Indian journal of veterinary science and animal husbandry - Volumes 15-17, 1948-1951
Year: 1948
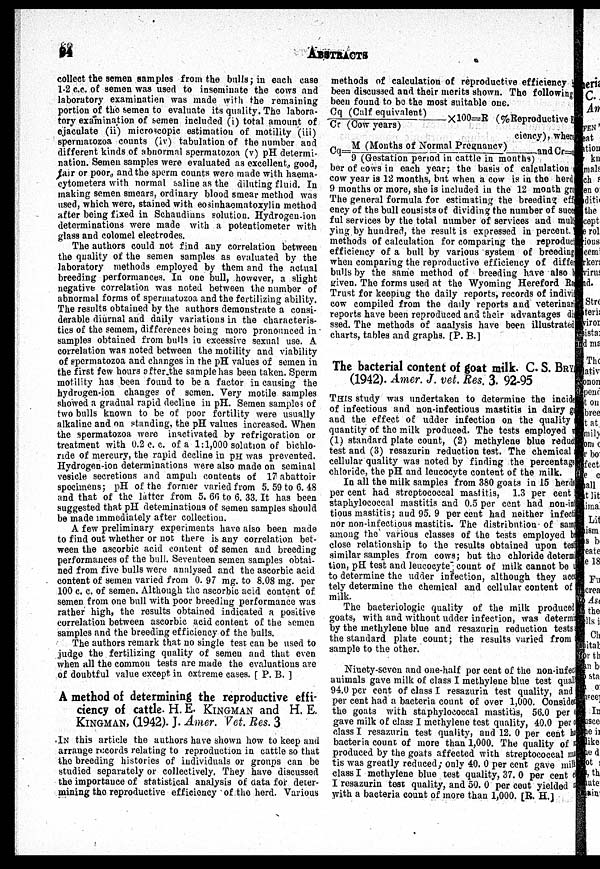
94 ABSTRACTS
collect the semen samples from the bulls; in each case
1-2 c.c. of semen was used to inseminate the cows and
laboratory examinatien was made with the remaining
portion of the semen to evaluate its quality. The labora-
tory examination of semen included (i) total amount of
ejaculate (ii) microscopic estimation of motility (iii)
spermatozoa counts (iv) tabulation of the number and
different kinds of abnormal spermatozoa (v) pH determi-
nation. Semen samples were evaluated as excellent, good,
fair or poor, and the sperm counts were made with haema-
cytometers with normal saline as the diluting fluid. In
making semen smears, ordinary blood smear method was
used, which were, stained with eosinhaematoxylin method
after being fixed in Schaudinns solution. Hydrogen-ion
determinations were made with a potentiometer with
glass and colomel electrodes.
The authors could not find any correlation between
the quality of the semen samples as evaluated by the
laboratory methods employed by them and the actual
breeding performances. In one bull, however, a slight
negative correlation was noted between the number of
abnormal forms of spermatozoa and the fertilizing ability.
The results obtained by the authors demonstrate a consi-
derable diurnal and daily variations in the characteris-
ties of the semem, differences being more pronounced in
samples obtained from bulls in excessive sexual use. A
correlation was noted between the motility and viability
of spermatozoa and changes in the pH values of semen in
the first few hours after the sample has been taken. Sperm
motility has been found to be a factor in causing the
hydrogen-ion changes of semen. Very motile samples
showed a gradual rapid decline in pH. Semen samples of
two bulls known to be of poor fertility were usually
alkaline and on standing, the pH values increased. When
the spermatozoa were inactivated by refrigeration or
treatment with 0.2 c. c. of a 1:1,000 solution of bichlo-
ride of mercury, the rapid decline in pH was prevented.
Hydrogen-ion determinations were also made on seminal
vesicle secretions and ampuli contents of 17 abattoir
spocimens; pH of the former varied from 5. 59 to 6. 48
and that of the latter from 5. 66 to 6. 33. It has been
suggested that pH deteminations of semen samples should
be made immediately after collection.
A few preliminary experiments have also been made
to find out whether or not there is any correlation bet-
ween the ascorbic acid content of semen and breeding
performances of the bull. Seventeen semen samples obtai-
ned from five bulls were analysed and the ascorbic acid
content of semen varied from 0. 97 mg. to 8.08 mg. per
100 c. c. of semen. Although the ascorbic acid content of
semen from one bull with poor breeding performance was
rather high, the results obtained indicated a positive
correlation between ascorbic acid content of the semen
samples and the breeding efficiency of the bulls.
The authors remark that no single test can be used to
judge the fertilizing quality of semen and that even
when all the common tests are made the evaluations are
of doubtful value except in extreme cases. [P. B.]
A method of determining the reproductive effi-
ciency of cattle. H.E. KINGMAN and H. E.
KINGMAN, (1942). J. Amer. Vet. Res. 3
IN this article the authors have shown how to keep and
arrange records relating to reproduction in cattle so that
the breeding histories of individuals or groups can be
studied separately or collectively. They have discussed
the importance of statistical analysis of data for deter-
mining the reproductive efficiency of the herd. Various
methods of calculation of reproductive efficiency
been discussed and their merits shown. The following
been found to be the most suitable one.
Cq (Calf equivalent)/Cr (Cow years) ×100=R (%Reproduc
ciency), when
Cq=M (Months of Normal Pregnancy)/ 9 (Gestation period in cat
and Cr =
ber of cows in each year ; the basis of calculation
cow year is 12 months, but when a cow is in the herd
9 months or more, she is included in the 12 month gr
The general formula for estimating the breeding effici
ency of the bull consists of dividing the number of succes
ful services by the total number of services and mult
ying by hundred, the result is expressed in percent.
methods of calculation for comparing the reproduc
efficiency of a bull by various system of breeding
when comparing the reproductive efficiency of diffe
bulls by the same method of breeding have also 1
given. The forms used at the Wyoming Hereford Ra
Trust for keeping the daily reports, records of indivi
cow compiled from the daily reports and veterinary
reports have been reproduced and their advantages di
ssed. The methods of analysis have been illustrated
charts, tables and graphs. [P. B.]
The bacterial content of goat milk. C S. BRY
(1942). Amer. J. vet. Res. 3. 92-95
THIS study was undertaken to determine the incide
of infectious and non-infectious mastitis in dairy g
and the effect of udder infection on the quality
quantity of the milk produced. The tests employed
(1) standard plate count, (2) methylene blue reduct
test and (3) resazurin reduction test. The chemical
cellular quality was noted by finding the percentage
chloride, the pH and leucocyte content of the milk.
In all the milk samples from 380 goats in 15 herds
per cent had streptococcal mastitis, 1.3 per cent
staphylococcal mastitis and 0.5 per cent had non-in
tious mastitis; and 95.9 per cent had neither infect
nor non-infectious mastitis. The distribution of same
among the various classes of the tests employed b
close relationship to the results obtained upon tes
similar samples from cows; but the chloride determ
tion, pH test and leucocyte count of milk cannot be
to determine the udder infection, although they acc
tely determine the chemical and cellular content of
milk.
The bacteriologic quality of the milk produced
goats, with and without udder infection, was determine
by the methylene blue and resazurin reduction tests
the standard plate count; the results varied from
sample to the other.
Ninety-seven and one-half per cent of the non-infec
animals gave milk of class I methylene blue test qual
94.0 per cent of class I resazurin test quality, and
per cent had a bacteria count of over 1,000. Consider
the goats with staphylococcal mastitis, 56.0 per
gave milk of class I methylene test quality, 40.0 per
class I resazurin test quality, and 12. 0 per cent h
bacteria count of more than 1,000. The quality of
produced by the goats affected with streptococcal
tis was greatly reduced; only 40. 0 per cent gave mill
class I methylene blue test quality, 37. 0 per cent
I resazurin test quality, and 50. 0 per cent yielded
with a bacteria count of more than 1,000. [R. H.]